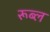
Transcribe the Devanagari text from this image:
रूब्ल